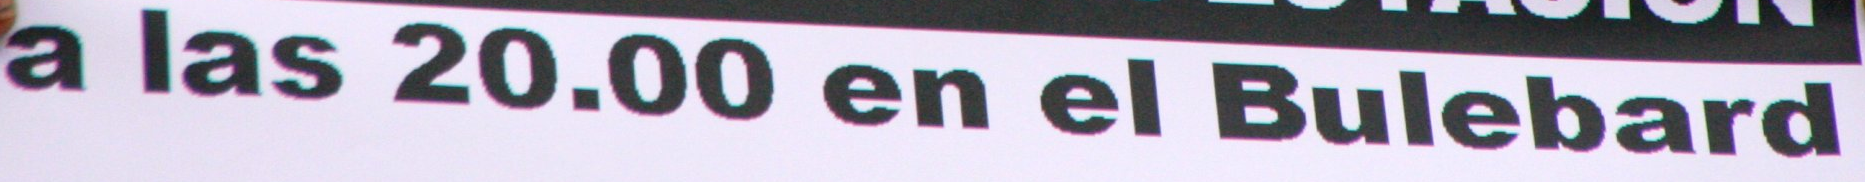
a las 20.00 en el Bulebard